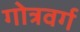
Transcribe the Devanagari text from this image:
गोत्रवर्ग